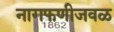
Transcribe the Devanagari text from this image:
नागफणीजवळ